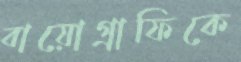
বায়োগ্রাফিকে